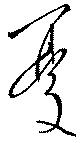
憂